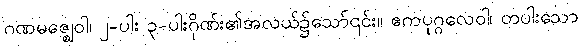
ဂဏမဇ္ဈေဝါ၊ ၂-ပါး ၃-ပါးဂိုဏ်း၏အလယ်၌သော်၎င်း။ ဧကပုဂ္ဂလေဝါ၊ တပါးသော